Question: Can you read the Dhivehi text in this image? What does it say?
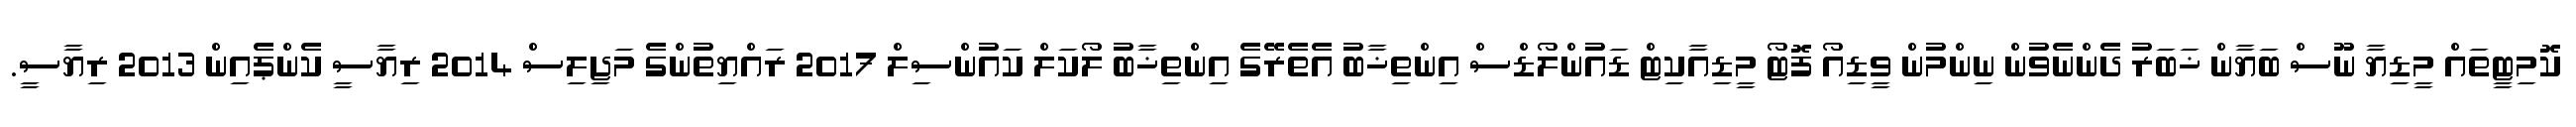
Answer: ކޮމިޓީތައް މީޑިޔާ ނޫސް ބަޔާން ޚަބަރު ދެންނެވުން ނިންމުން ވީޑިއޯ ފޮޓޯ މީޑިއާކިޓް ޑައުންލޯޑްސް އިންތިޚާބު އެތެރޭގެ އިންތިޚާބު ލޯކަލް ކައުންސިލް 2017 ރައްޔިތުންގެ މަޖިލިސް 2014 ރިޔާސީ ކެންޕެއިން 2013 ރިޔާސީ.